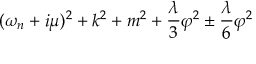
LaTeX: ( \omega _ { n } + i \mu ) ^ { 2 } + k ^ { 2 } + m ^ { 2 } + \frac { \lambda } { 3 } \varphi ^ { 2 } \pm \frac { \lambda } { 6 } \varphi ^ { 2 }